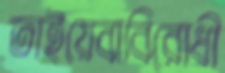
তাইয়েবাবিরোধী